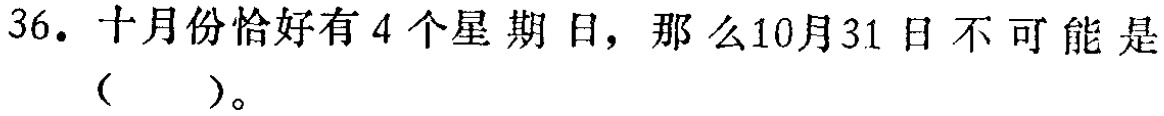
36. 十月份恰好有4个星期日，那么10月31日不可能是（  ）。